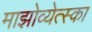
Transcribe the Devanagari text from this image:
माझोव्येत्स्का